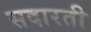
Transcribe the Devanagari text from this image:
सदारती